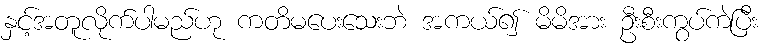
နှင့်အတူလိုက်ပါမည်ဟု ကတိမပေးသေးဘဲ အကယ်၍ မိမိအား ဦးစီးကွပ်ကဲပြီး